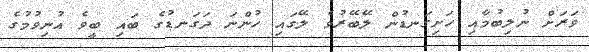
ވަރަށް ނުލިބުމާއި ހަށިގަނޑުން ލޭބޭރުވެ ލޭގައި ހުންނަ ދަގަނޑުގެ ބައި ބީވެ އުނިވުމުގެ